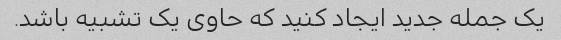
یک جمله جدید ایجاد کنید که حاوی یک تشبیه باشد.